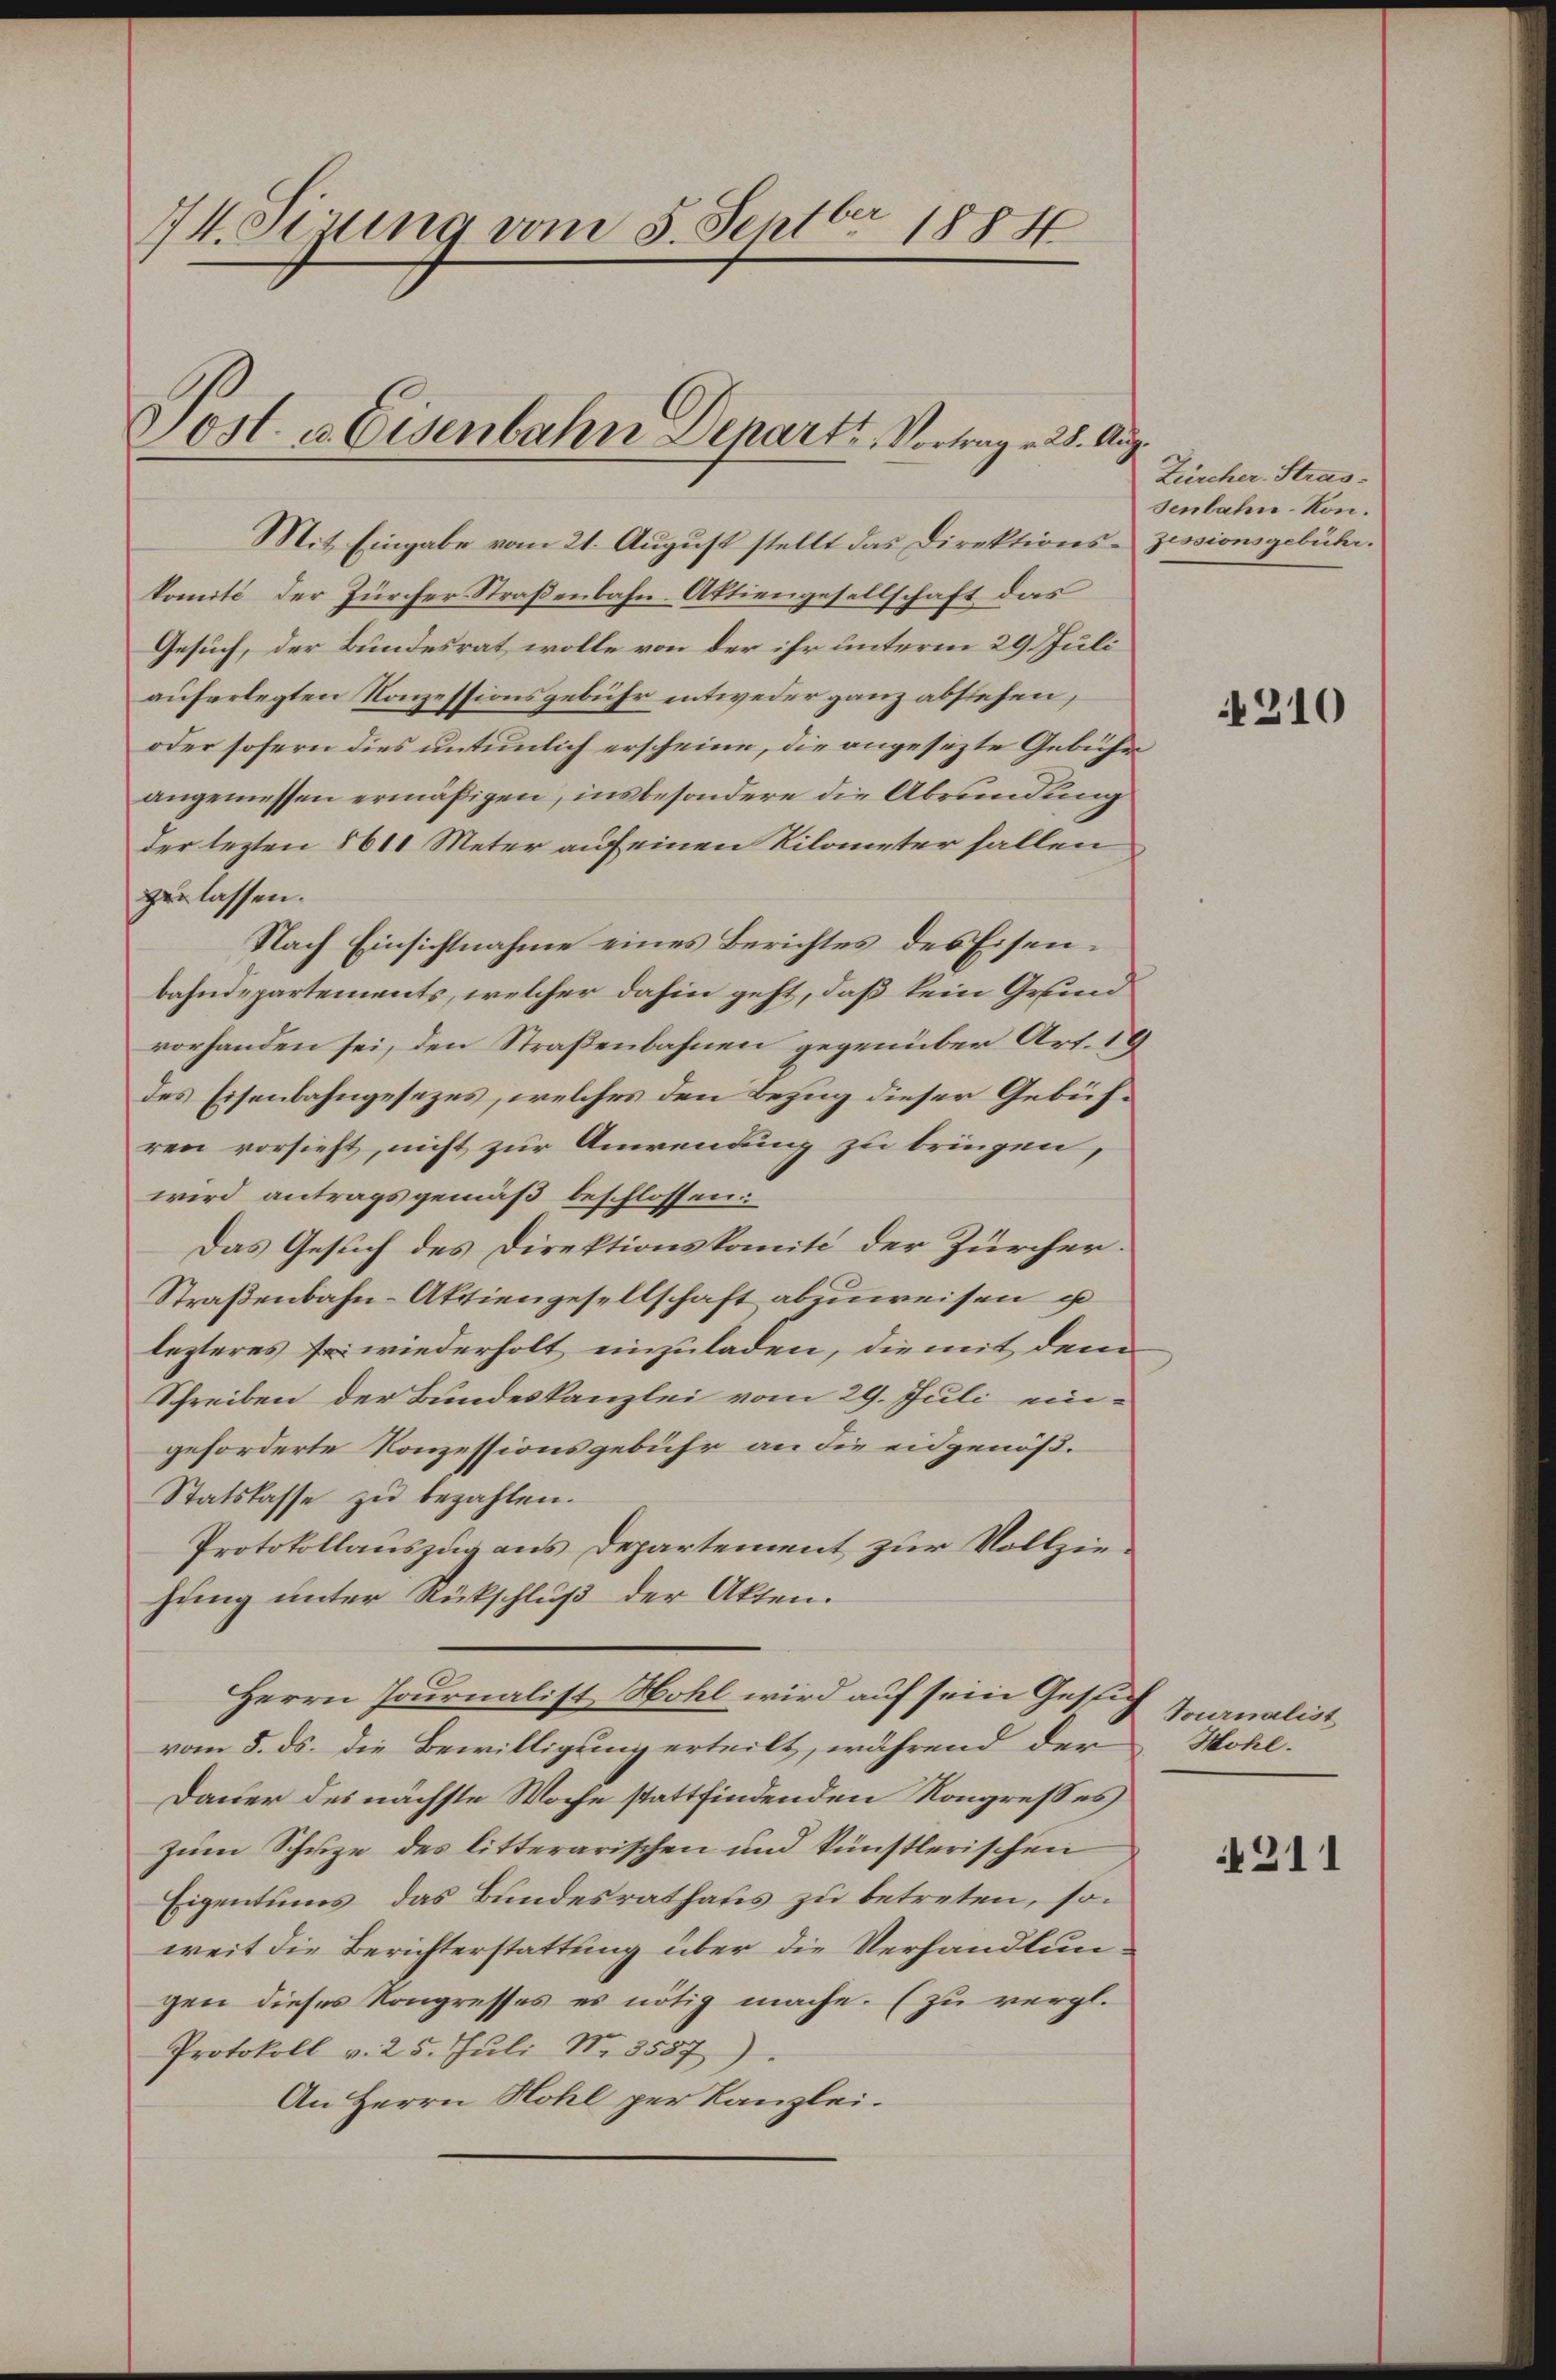
74. Sizung vom 5. Septbr 1884

Jost & Eisenbahn Departe Vortrag. 28. Aug.

Mit Eingabe vom 21. August stellt das Direktions- zissionsgebühr.
komité der Zürcher Straßenbahn-Aktiengesellschaft das
Gesuch, der Bundesrat wolle von der ihr unterm 29. Juli
auferlegten Konzessionsgebühr entweder ganz abstehen,
oder sofern dies untenlich erscheine, die angesezte Gebühr
angemessen ermäßigen, insbesondere die Abrundung
der lezten 1611 Meter auf einen Kilometer fallen
zu lassen.
Nach Einsichtnahme eines Berichtes des Eisenbahndepartements, welcher dahin geht, daß kein Grund
vorhanden sei, den Straßenbahnen gegenüber Art. 19
des Eisenbahngesezes, welches den Bezug dieser Gebühren vorsieht, nicht zur Anwendung zu bringen,
wird antragsgemäß beschlossen:
Das Gesuch des Direktionskomité der Zürcher.
Straßenbahn-Aktiengesellschaft abzuweisen i
lezteres Fr. wiederholt einzuladen, die mit dem
Schreiben der Bundeskanzlei vom 29. Juli ein-
geforderte Konzessionsgebühr an die eidgenöß¬
Statskasse zu bezahlen.
Protokollauszug aus Departement zur Vollziehung unter Rückschluß der Akten.
2
Herrn Journalist Hohl wird auf sein Gesuch
vom 5. ds. die Bewilligung erteilt, während der
Dacter des nächste Woche stattfindenden Kongresses
zum Schuze des litterarischen und künstlerischen
Eigentums, das Bundesrathaus zu betreten, soweit die Berichterstattung über die Verhandlungen dieses Kongresses es nötig mache. (zu vergl.
Protokoll v. 25. Jŭli N. 3557)
An Herrn Hohl per Kanzlei.

Zürcher Strassenbahn- Kon¬

210

Tournalist
Hohl.

211